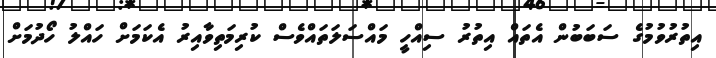
އިތުރުވުމުގެ ސަބަބުން އެތައް އިތުރު ސިއްހީ މައްސަލަތަައްވެސް ކުރިމަތިވާއިރު އެކަމަށް ހައްލު ހޯދުމަށް